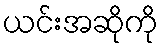
ယင်းအဆိုကို